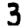
Digit: 3